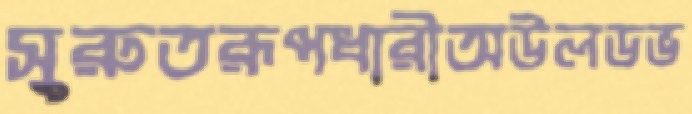
সুরুতরূপধারীঅউলডভ